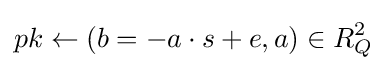
pk\leftarrow (b=-a\cdot s+e,a)\in R_{Q}^{2}